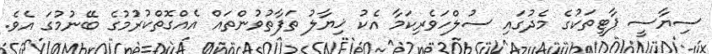
ސިޔާސީ ޕާޓީތަކުގެ މެދުގައި ސުލްހަވެރިކަމާ އެކު ޚިޔާލު ތަފާތުވުންތައް އެއްގޮތްކުރުމުގެ ބޭނުމުގަ އެވެ.